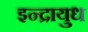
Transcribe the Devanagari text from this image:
इन्द्रायुध